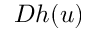
D h ( u )